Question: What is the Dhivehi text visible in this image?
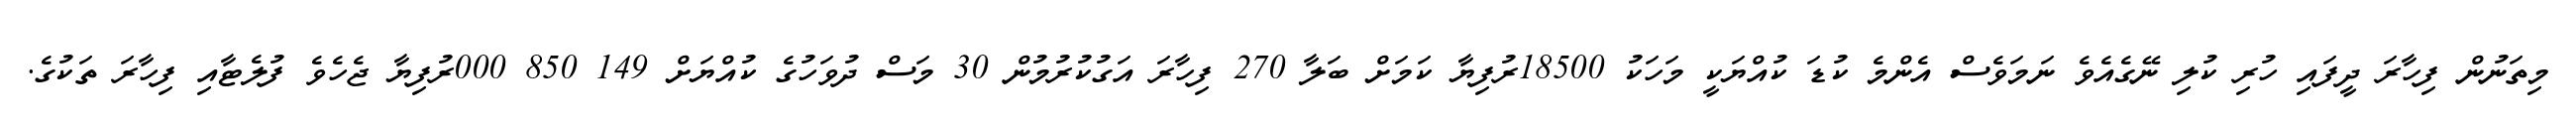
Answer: މިތަނުން ފިހާރަ ދީފައި ހުރި ކުލި ނޭގެއެވެ ނަމަވެސް އެންމެ ކުޑަ ކުއްޔަކީ މަހަކު 18500ރުފިޔާ ކަމަށް ބަލާ 270 ފިހާރަ އަގުކުރުމުން 30 މަސް ދުވަހުގެ ކުއްޔަށް 149 850 000ރުފިޔާ ޖެހެވެ ފުލެޓާއި ފިހާރަ ތަކުގެ.